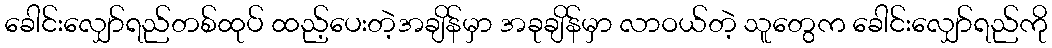
ခေါင်းလျှော်ရည်တစ်ထုပ် ထည့်ပေးတဲ့အချိန်မှာ အခုချိန်မှာ လာဝယ်တဲ့ သူတွေက ခေါင်းလျှော်ရည်ကို